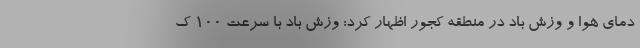
دمای هوا و وزش باد در منطقه کجور اظهار کرد: وزش باد با سرعت ۱۰۰ ک